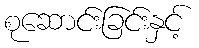
စုဆောင်းခြင်းနှင့်